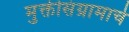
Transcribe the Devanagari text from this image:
मुक्तीसंग्रामाचे